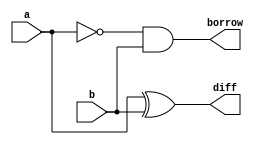
`timescale 1ns / 1ps
//////////////////////////////////////////////////////////////////////////////////
// Company: 
// Engineer: 
// 
// Design Name: 
// Module Name: half_sub_df
// Project Name: 
// Target Devices: 
// Tool Versions: 
// Description: 
// 
// Dependencies: 
// 
// Revision:
// Revision 0.01 - File Created
// Additional Comments:
// 
//////////////////////////////////////////////////////////////////////////////////


module half_sub_df(
input a,b,
output diff,borrow
    );
    assign diff = a^b;
    assign borrow = ~(a) & b;
endmodule